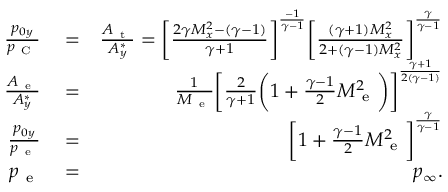
\begin{array} { r l r } { \frac { p _ { 0 y } } { p _ { \mathrm { ~ C ~ } } } } & { { } = } & { \frac { A _ { \mathrm { ~ t ~ } } } { A _ { y } ^ { * } } = \bigg [ \frac { 2 \gamma M _ { x } ^ { 2 } - ( \gamma - 1 ) } { \gamma + 1 } \bigg ] ^ { \frac { - 1 } { \gamma - 1 } } \bigg [ \frac { ( \gamma + 1 ) M _ { x } ^ { 2 } } { 2 + ( \gamma - 1 ) M _ { x } ^ { 2 } } \bigg ] ^ { \frac { \gamma } { \gamma - 1 } } } \\ { \frac { A _ { \mathrm { ~ e ~ } } } { A _ { y } ^ { * } } } & { { } = } & { \frac { 1 } { M _ { \mathrm { ~ e ~ } } } \bigg [ \frac { 2 } { \gamma + 1 } \bigg ( 1 + \frac { \gamma - 1 } { 2 } M _ { \mathrm { ~ e ~ } } ^ { 2 } \bigg ) \bigg ] ^ { \frac { \gamma + 1 } { 2 ( \gamma - 1 ) } } } \\ { \frac { p _ { 0 y } } { p _ { \mathrm { ~ e ~ } } } } & { { } = } & { \bigg [ 1 + \frac { \gamma - 1 } { 2 } M _ { \mathrm { ~ e ~ } } ^ { 2 } \bigg ] ^ { \frac { \gamma } { \gamma - 1 } } } \\ { p _ { \mathrm { ~ e ~ } } } & { { } = } & { p _ { \infty } . } \end{array}